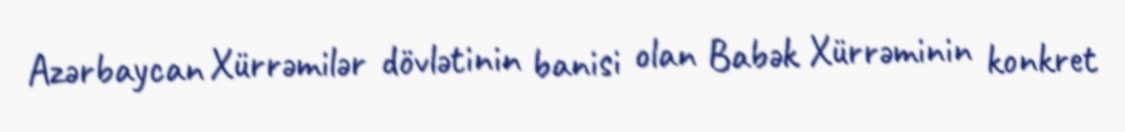
Azərbaycan Xürrəmilər dövlətinin banisi olan Babək Xürrəminin konkret